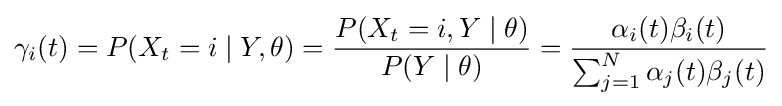
\gamma _{i}(t)=P(X_{t}=i\mid Y,\theta )={\frac {P(X_{t}=i,Y\mid \theta )}{P(Y\mid \theta )}}={\frac {\alpha _{i}(t)\beta _{i}(t)}{\sum _{j=1}^{N}\alpha _{j}(t)\beta _{j}(t)}}